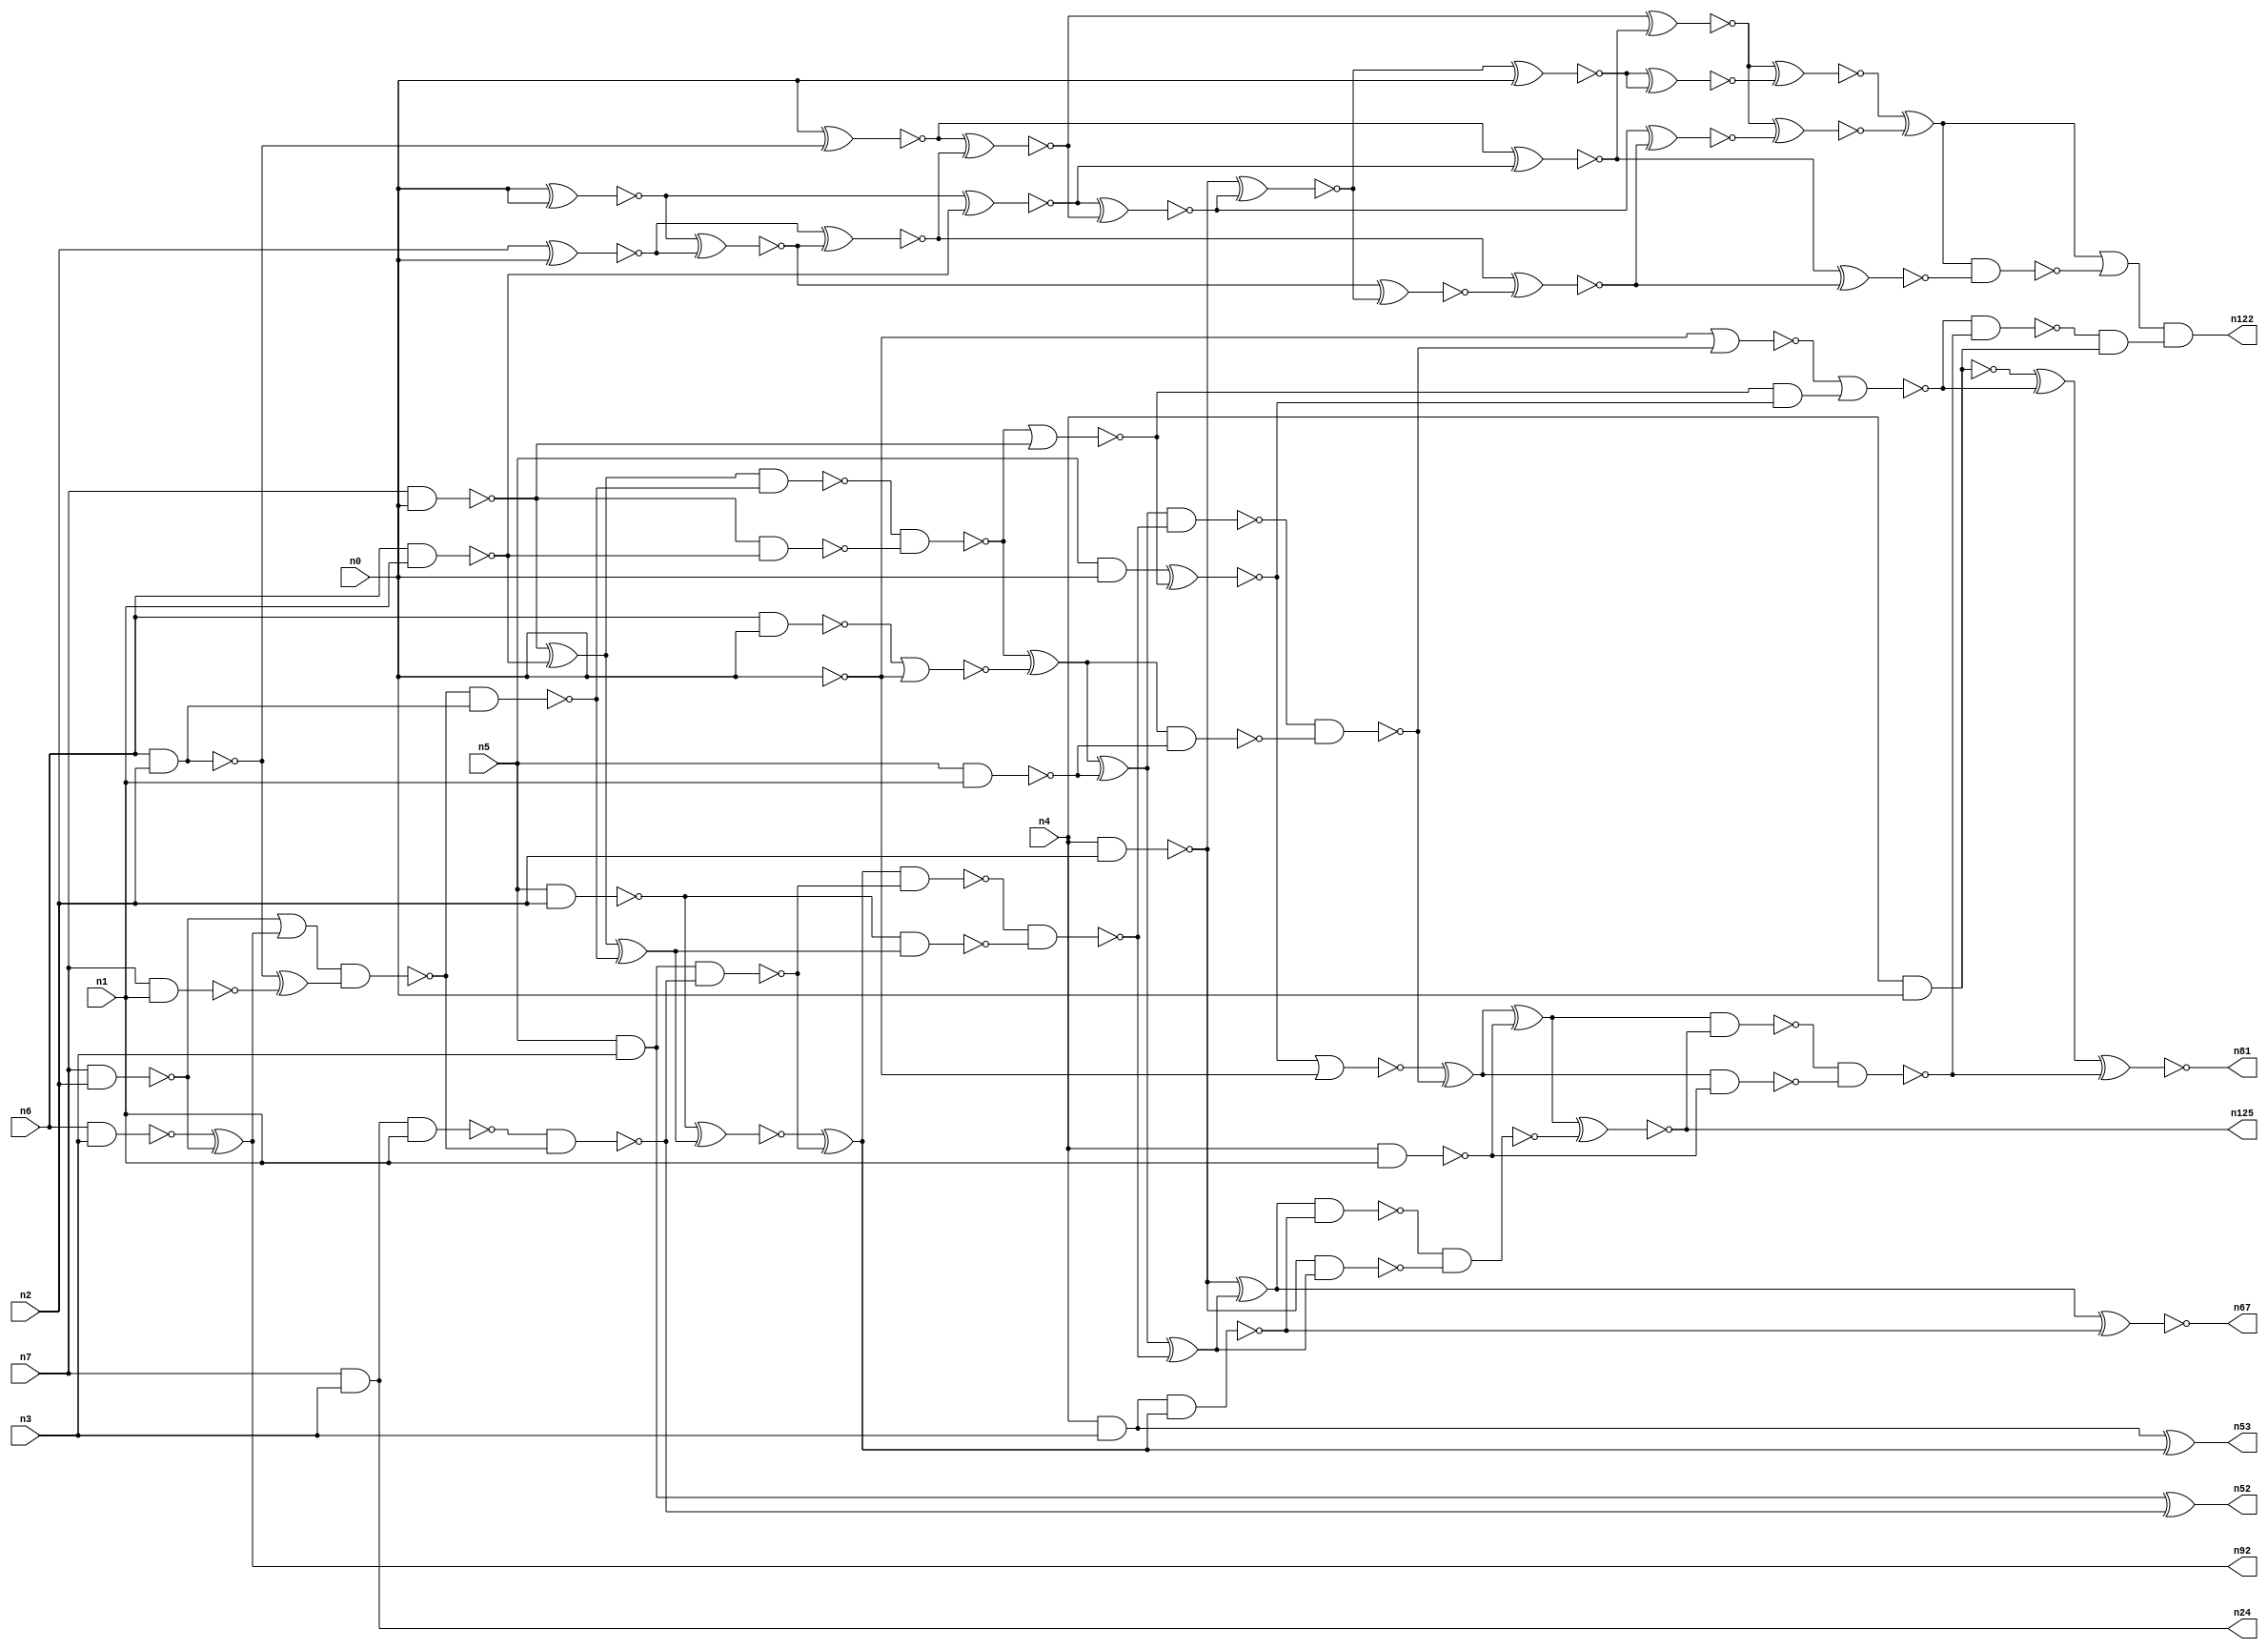
// This file contains a pareto-optimal circuit with respect to area and the fault-resilince parameter p_fault which is defined as:
// "For all input vectors, the ratio of the no. of faults observable at the POs to the no. of total possible faults in the circuit".
// This code is part of the ReCkt library (https://github.com/umar-afzaal/ReCkt) distributed under The MIT License.
// When used, please cite the following article(s):
// U. Afzaal, A.S. Hassan, M. Usman and J.A. Lee, "On the Evolutionary Synthesis of Increased Fault-resilience Arithmetic Circuits".

// p_fault = 66.2 %    (Lower is better)
// gates = 98.0
// levels = 20
// area = 132.13    (For MCNC library relative to nand2)
// power = 821.5 uW    (Berkely-SIS for MCNC library @ Vdd=5V and 20 MHz clock)
// delay = 29.9 ns    (Berkely-ABC for MCNC library)
// PDP = 2.45629e-11 J

// Pin mapping:
// {n0, n1, n2, n3} = A[3:0]
// {n4, n5, n6, n7} = B[3:0]
// {n122, n81, n125, n67, n53, n52, n92, n24} = O[7:0]

module mult4u_area_51 (
n0, n1, n2, n3, n4, n5, n6, n7, 
n122, n81, n125, n67, n53, n52, n92, n24
);

input n0, n1, n2, n3, n4, n5, n6, n7;
output n122, n81, n125, n67, n53, n52, n92, n24;
wire n95, n16, n73, n77, n26, n41, n40, n108, n38, n78, n76, n46, n50, n51, n83, n15, n66, n111, n36, n35, 
n18, n99, n32, n13, n21, n64, n94, n57, n65, n90, n33, n10, n17, n70, n93, n96, n116, n97, n61, n19, 
n58, n68, n74, n44, n20, n62, n60, n28, n89, n91, n59, n80, n82, n27, n105, n79, n69, n45, n71, n25, 
n14, n75, n43, n8, n88, n86, n39, n34, n37, n31, n112, n42, n56, n54, n12, n63, n30, n22, n85, n11, 
n49, n29, n9, n72, n47, n55, n23, n87, n48, n84;

nand (n8, n4, n3);
and (n9, n5, n0);
nand (n10, n6, n1);
nand (n11, n5, n1);
nand (n12, n0, n0);
nand (n13, n6, n2);
nand (n14, n4, n1);
nand (n15, n7, n0);
nand (n16, n7, n1);
nand (n17, n7, n2);
nand (n18, n6, n3);
and (n19, n5, n3);
nand (n20, n6, n0);
nand (n21, n5, n2);
nand (n22, n4, n2);
nand (n23, n4, n0);
and (n24, n7, n3);
xor (n25, n15, n10);
xor (n26, n18, n17);
nand (n27, n15, n10);
nor (n28, n20, n12);
and (n29, n13, n13);
xor (n30, n13, n16);
or (n31, n17, n26);
nand (n32, n8, n8);
xnor (n33, n0, n29);
nand (n34, n24, n1);
nand (n35, n13, n29);
xnor (n36, n0, n0);
nand (n37, n31, n30);
nand (n38, n37, n35);
nand (n39, n34, n37);
nand (n40, n19, n39);
xor (n41, n25, n38);
nand (n42, n25, n38);
xnor (n43, n19, n39);
nand (n44, n21, n41);
and (n45, n40, n40);
nand (n46, n42, n27);
xnor (n47, n21, n41);
xor (n48, n47, n45);
nand (n49, n48, n40);
nor (n50, n46, n15);
xor (n51, n46, n28);
not (n52, n43);
xor (n53, n32, n48);
xnor (n54, n9, n50);
xor (n55, n51, n11);
nand (n56, n32, n48);
and (n57, n50, n54);
nand (n58, n51, n11);
nand (n59, n49, n44);
nor (n60, n54, n12);
xor (n61, n55, n59);
nand (n62, n55, n59);
nand (n63, n22, n61);
nand (n64, n0, n0);
nand (n65, n62, n58);
xor (n66, n22, n61);
xnor (n67, n66, n56);
xor (n68, n60, n65);
nand (n69, n66, n56);
nor (n70, n64, n65);
xor (n71, n68, n14);
nor (n72, n70, n57);
nand (n73, n68, n14);
nand (n74, n69, n63);
xnor (n75, n71, n74);
xor (n76, n23, n72);
nand (n77, n23, n23);
nand (n78, n71, n75);
nand (n79, n78, n73);
nand (n80, n72, n79);
xnor (n81, n76, n79);
and (n82, n80, n77);
xnor (n83, n2, n0);
xnor (n84, n36, n83);
xnor (n85, n83, n84);
xnor (n86, n33, n85);
xnor (n87, n36, n10);
xnor (n88, n87, n86);
xnor (n89, n22, n88);
xnor (n90, n89, n0);
xnor (n91, n33, n87);
and (n92, n26, n26);
xnor (n93, n84, n89);
xnor (n94, n85, n93);
xnor (n95, n86, n91);
xnor (n96, n91, n94);
xnor (n97, n90, n90);
xnor (n99, n88, n94);
xnor (n105, n95, n97);
xnor (n108, n95, n99);
xor (n111, n105, n108);
nand (n112, n111, n96);
or (n116, n111, n112);
and (n122, n116, n82);
and (n125, n75, n75);

endmodule